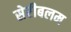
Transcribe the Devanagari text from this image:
सेरीबलम